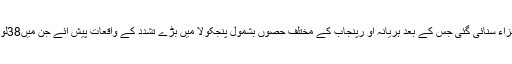
اسی روز ڈیرا سربرا ہ کو عصمت ریزی کے کیس میں سزاء سنائی گئی جس کے بعد ہریانہ او رپنجاب کے مختلف حصوں بشمول پنجکولا میں بڑے تشدد کے واقعات پیش ائے جن میں38لوگوں کی موت اور 250سے زائد لوگ زخمی ہوئے تھے۔